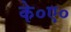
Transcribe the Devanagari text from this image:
के०ए०